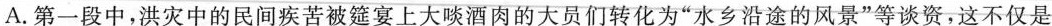
A. 第一段中,洪灾中的民间疾苦被筵宴上大啖酒肉的大员们转化为“水乡沿途的风景”等谈资，这不仅是